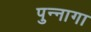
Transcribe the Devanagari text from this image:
पुन्नागा